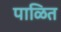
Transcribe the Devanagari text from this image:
पाळित